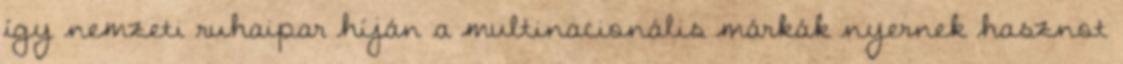
így nemzeti ruhaipar híján a multinacionális márkák nyernek hasznot